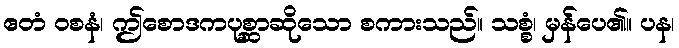
ဧတံ ဝစနံ၊ ဤစောဒကပုစ္ဆာဆိုသော စကားသည်။ သစ္စံ၊ မှန်ပေ၏။ ပန၊